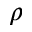
\rho